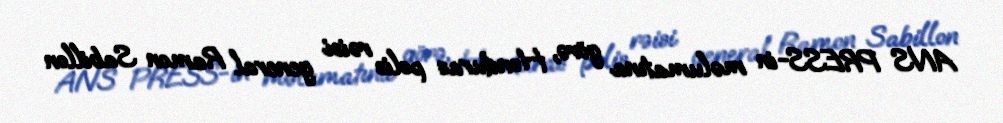
ANS PRESS-in məlumatına görə, Honduras polis rəisi general Ramon Sabillon